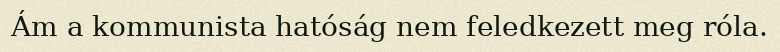
Ám a kommunista hatóság nem feledkezett meg róla.